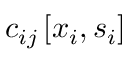
c _ { i j } \left[ \boldsymbol { x } _ { i } , \boldsymbol { s } _ { i } \right]